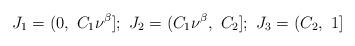
LaTeX: \begin{align*} J_1=(0,\ C_1 \nu^{\beta}];\ J_2=(C_1 \nu^{\beta},\ C_2];\ J_3=(C_2,\ 1]\end{align*}